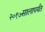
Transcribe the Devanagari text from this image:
२०१७सालापर्यंत